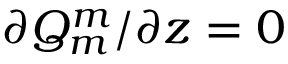
\partial { Q _ { m } ^ { m } } / \partial z = 0